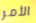
الأمر